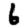
Digit: 6